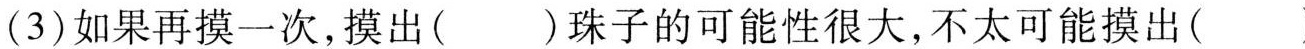
(3) 如果再摸一次，摸出( )珠子的可能性很大，不太可能摸出( )。